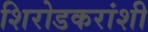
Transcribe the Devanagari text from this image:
शिरोडकरांशी